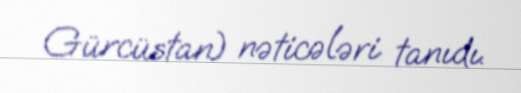
Gürcüstan) nəticələri tanıdı.